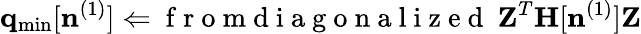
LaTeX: {\mathbf q}_{\mathrm{min}}[{\mathbf n}^{(1)}]\Leftarrow\mathrm{~f~r~o~m~d~i~a~g~o~n~a~l~i~z~e~d~}~{\mathbf Z}^{T}{\mathbf H}[{\mathbf n}^{(1)}]{\mathbf Z}